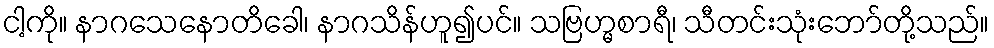
ငါ့ကို။ နာဂသေနောတိခေါ၊ နာဂသိန်ဟူ၍ပင်။ သဗြဟ္မစာရီ၊ သီတင်းသုံးဘော်တို့သည်။